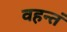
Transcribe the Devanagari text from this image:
वहन्तं